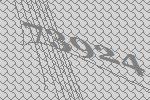
73924